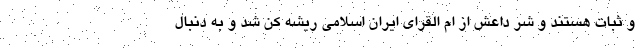
و ثبات هستند و شر داعش از ام القرای ایران اسلامی ریشه کن شد و به دنبال